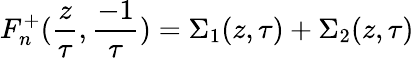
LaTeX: F_{n}^{+}({\frac{z}{\tau}},{\frac{-1}{\tau}})=\Sigma_{1}(z,\tau)+\Sigma_{2}(z,\tau)